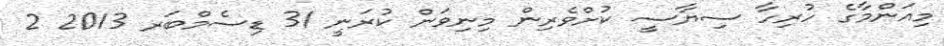
މިއަންމާގެ ހުރިހާ ސިޔާސީ ކުށްވެރިން މިނިވަން ކުރަނީ 31 ޑިސެމްބަރ 2013 2